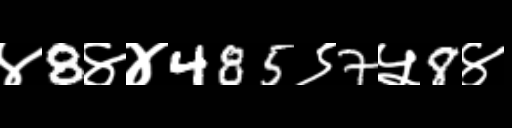
Text: ४8४४485९7५8४